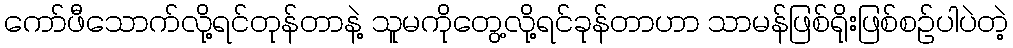
ကော်ဖီသောက်လို့ရင်တုန်တာနဲ့ သူမကိုတွေ့လို့ရင်ခုန်တာဟာ သာမန်ဖြစ်ရိုးဖြစ်စဉ်ပါပဲတဲ့